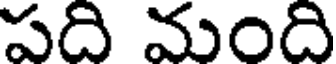
పది మంది